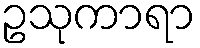
ဥသုကာရာ